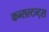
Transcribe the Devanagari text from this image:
कन्सल्टन्ट्स